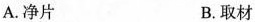
A.净片 B.取材